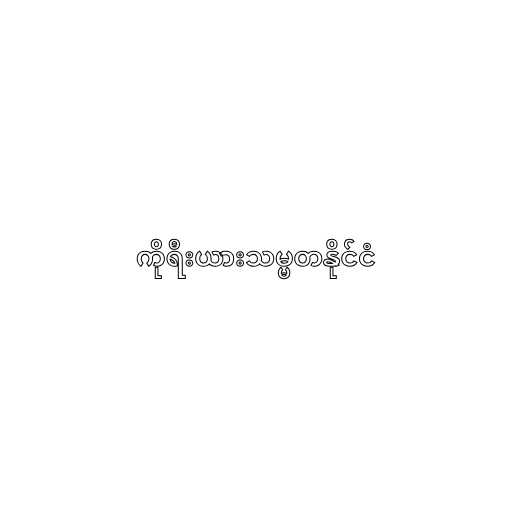
ကိုရီးယားသမ္မတနိုင်ငံ